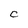
Character: C